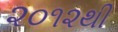
૨૦૧૨થી